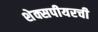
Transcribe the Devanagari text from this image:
शेक्सपीयरची